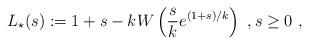
LaTeX: \begin{align*}L_\star(s) := 1 + s - k W\left( \frac{s}{k} e^{(1+s)/k} \right)\ , s\ge 0\ , \end{align*}